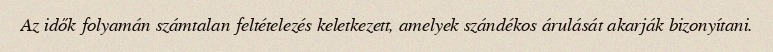
Az idők folyamán számtalan feltételezés keletkezett, amelyek szándékos árulását akarják bizonyítani.